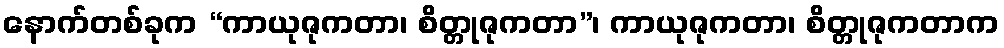
နောက်တစ်ခုက “ကာယုဇုကတာ၊ စိတ္တုဇုကတာ”၊ ကာယုဇုကတာ၊ စိတ္တုဇုကတာက